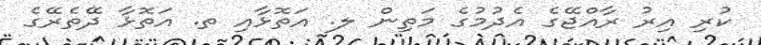
ކުރި އިރު ރާއްޖޭގެ އެދުމުގެ މަތިން ލ. އަތޮޅާއި ތ. އަތޮޅާ ދޭތެރޭގެ